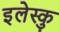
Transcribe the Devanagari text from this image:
इलेस्कु